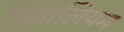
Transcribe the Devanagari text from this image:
हिंडालियम